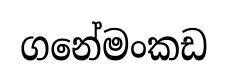
ගනේමංකඩ